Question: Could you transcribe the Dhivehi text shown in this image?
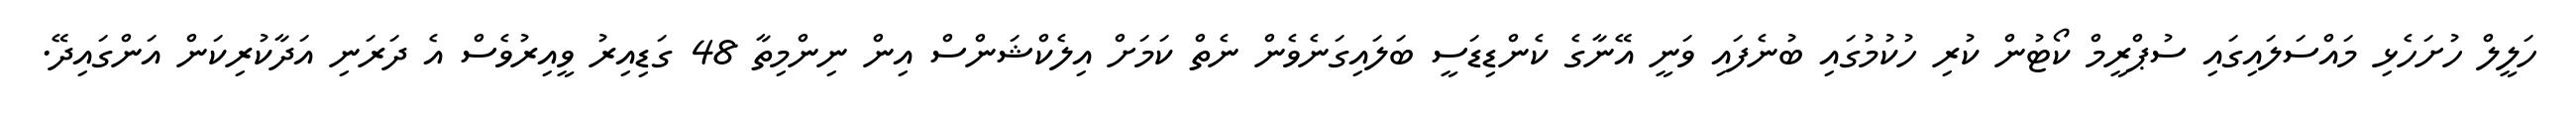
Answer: ހަލީލް ހުށަހެޅި މައްސަލައިގައި ސުޕްރީމް ކޯޓުން ކުރި ހުކުމުގައި ބުނެފައި ވަނީ އޭނާގެ ކެންޑިޑަސީ ބަލައިގަނެވެން ނެތް ކަމަށް އިލެކްޝަންސް އިން ނިންމިތާ 48 ގަޑިއިރު ވީއިރުވެސް އެ ދަރަނި އަދާކުރިކަން އަންގައިދޭ.